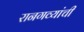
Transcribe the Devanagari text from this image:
रानगव्यांची